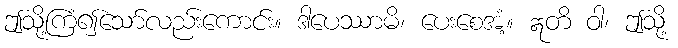
ဤသို့ကြံ၍သော်လည်းကောင်း။ ဒါပေဿာမိ၊ ပေးစေအံ့။ ဣတိ ဝါ၊ ဤသို့